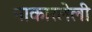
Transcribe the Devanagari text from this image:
नाकारलेली